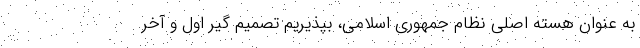
به عنوان هسته اصلی نظام جمهوری اسلامی، بپذیریم تصمیم گیر اول و آخر